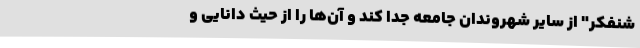
شنفکر" از سایر شهروندان جامعه جدا کند و آن‌ها را از حیث دانایی و